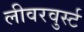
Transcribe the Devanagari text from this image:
लीवरवुर्स्ट